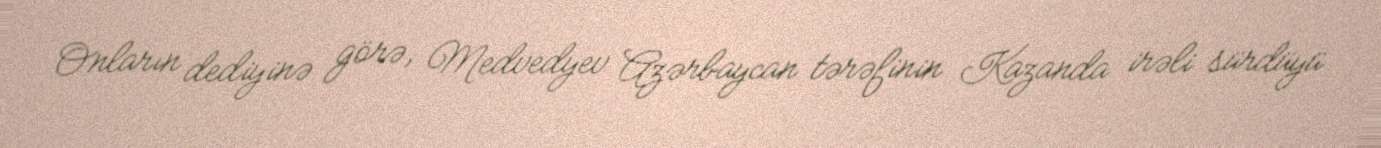
Onların dediyinə görə, Medvedyev Azərbaycan tərəfinin Kazanda irəli sürdüyü